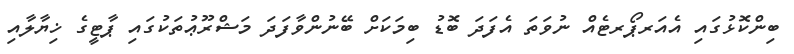
ބިންކޮޅުގައި އެއަރޕޯރޓެއް ނުވަތަ އެފަދަ ބޮޑު ބިމަކަށް ބޭނުންވާފަދަ މަޝްރޫޢުތަކުގައި ޕާޓީގެ ޚިޔާލާއި